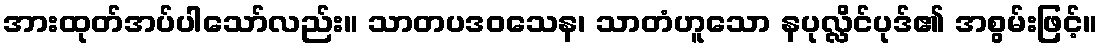
အားထုတ်အပ်ပါသော်လည်း။ သာတပဒဝသေန၊ သာတံဟူသော နပုလ္လိင်ပုဒ်၏ အစွမ်းဖြင့်။